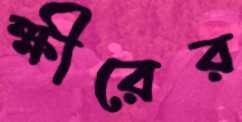
ক্ষীরের